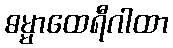
ဓမ္မာထေရီဂါထာ